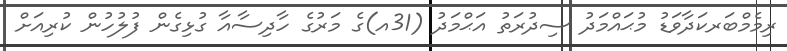
ރިމެމްބަރކަދާވަޑު މުޙައްމަދު ސިދުރަތު އަޙްމަދު (31އ)ގެ މަރުގެ ހާދިސާއާ ގުޅިގެން ފުލުހުން ކުރިއަށް